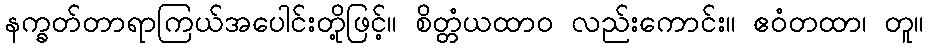
နက္ခတ်တာရာကြယ်အပေါင်းတို့ဖြင့်။ စိတ္တံယထာဝ လည်းကောင်း။ ဧဝံတထာ၊ တူ။